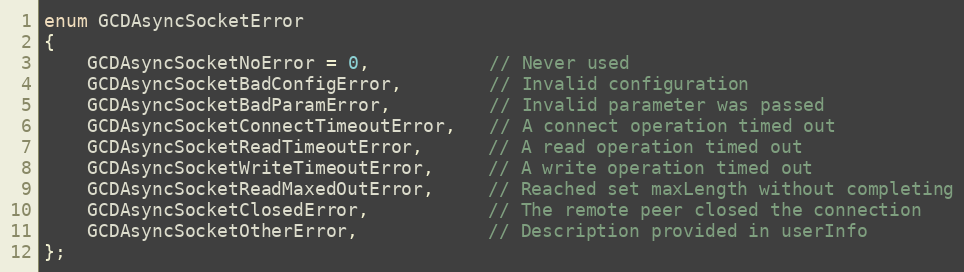
Language: C
enum GCDAsyncSocketError
{
    GCDAsyncSocketNoError = 0,           // Never used
    GCDAsyncSocketBadConfigError,        // Invalid configuration
    GCDAsyncSocketBadParamError,         // Invalid parameter was passed
    GCDAsyncSocketConnectTimeoutError,   // A connect operation timed out
    GCDAsyncSocketReadTimeoutError,      // A read operation timed out
    GCDAsyncSocketWriteTimeoutError,     // A write operation timed out
    GCDAsyncSocketReadMaxedOutError,     // Reached set maxLength without completing
    GCDAsyncSocketClosedError,           // The remote peer closed the connection
    GCDAsyncSocketOtherError,            // Description provided in userInfo
};